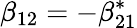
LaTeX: \beta_{12}=-\beta_{21}^{*}